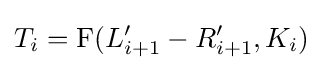
T_{i}=\mathrm {F} (L_{i+1}'-R_{i+1}',K_{i})